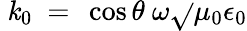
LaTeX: ~\mathit{k}_{0}~=~\cos\theta~\omega{\sqrt{}{{\mu_{0}\epsilon_{0}}}}